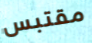
مقتبس